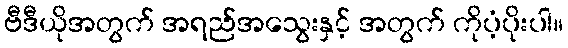
ဗီဒီယိုအတွက် အရည်အသွေးနှင့် အတွက် ကိုပံ့ပိုးပါ။